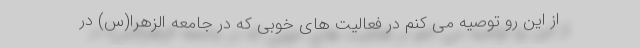
از این رو توصیه می کنم در فعالیت های خوبی که در جامعه الزهرا(س) در